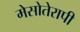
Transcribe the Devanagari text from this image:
मेसोतेरापी